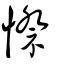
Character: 憏